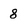
Character: 8